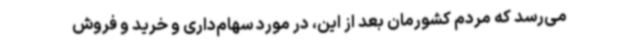
می‌رسد که مردم کشورمان بعد از این، در مورد سهام‌داری و خرید و فروش